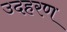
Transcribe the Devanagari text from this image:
उदहरण